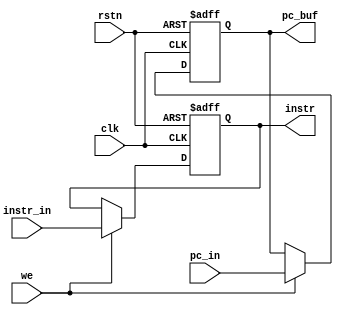
// instruction reg:
// Stores current instruction (and pc) until next one gets fetched.

module instruction_reg (
  input             clk, 
  input             rstn, 
  
  input             we,
  input      [31:0] pc_in, instr_in,
  output reg [31:0] pc_buf, instr
);

always @ (posedge clk or negedge rstn) begin
  if (!rstn) begin
    pc_buf <= 32'b0;
    instr  <= 32'b0;
  end else if (we) begin
    pc_buf <= pc_in;
    instr  <= instr_in;
  end
end

endmodule